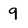
Character: 9